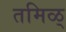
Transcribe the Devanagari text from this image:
तमिळ्